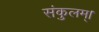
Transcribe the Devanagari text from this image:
संकुलम्‌।